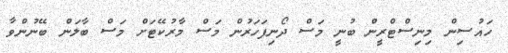
ހައުސިން މިނިސްޓްރީން ބުނީ މަސް ދޯނިފަހަރުން މަސް މާރުކޭޓަށް މަސް ބާލަން ބޭނުންވާ